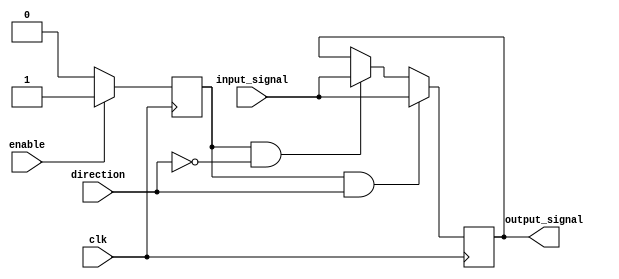
module io_buffer (
    input wire clk,
    input wire enable,
    input wire direction,
    input wire input_signal,
    output reg output_signal
);

reg buffer_enable;

always @(posedge clk) begin
    if(enable)
        buffer_enable <= 1;
    else
        buffer_enable <= 0;
end

always @(posedge clk) begin
    if(buffer_enable && direction)
        output_signal <= input_signal;
    else if(buffer_enable && !direction)
        output_signal <= input_signal;
end

endmodule